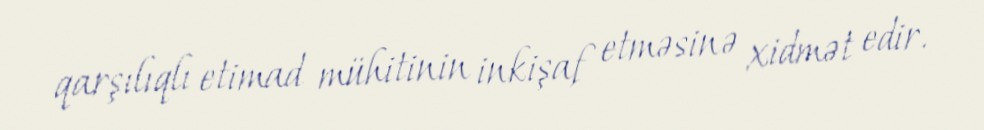
qarşılıqlı etimad mühitinin inkişaf etməsinə xidmət edir.